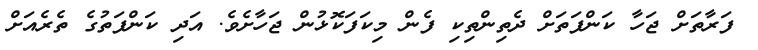
ފަރާތަށް ޖަހާ ކަންފަތަށް ދެތިންތިކި ފެން މިކަފަކޮޅުން ޖަހާށެވެ. އަދި ކަންފަތުގެ ތެރެއަށް